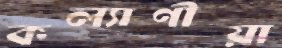
কল্যাণীয়া